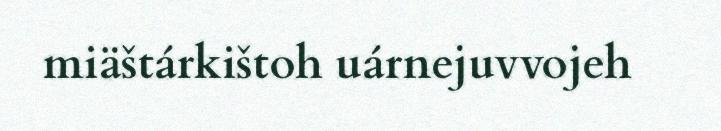
miäštárkištoh uárnejuvvojeh